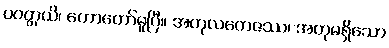
ပဝတ္တယိ၊ ဟောတော်မူပြီ။ အတုလတေဇဿ၊ အတုမရှိသော